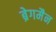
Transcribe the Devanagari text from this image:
ब्रेगमैन